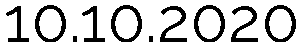
10.10.2020